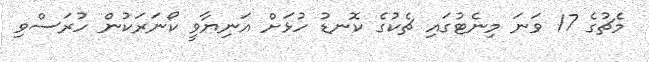
މެޗުގެ 17 ވަނަ މިނެޓުގައި ޗެކުގެ ކޮނޑު ހުޅަށް އަނިޔާވީ ކޯނަރަކުން ހުރަސްވި